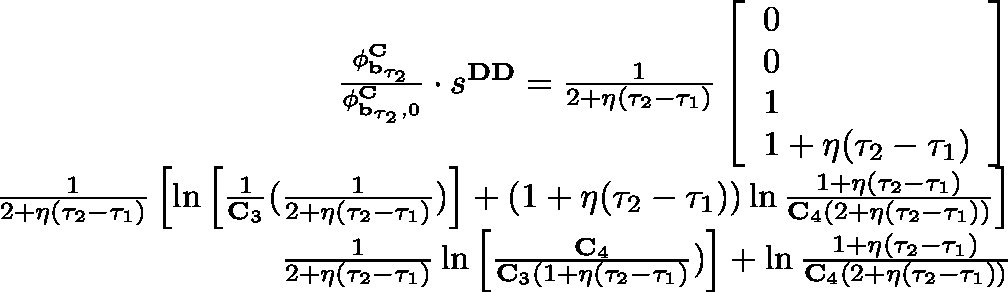
\begin{array} { r } { \frac { \mathbf { \phi } _ { \mathbf { b } _ { \tau _ { 2 } } } ^ { \mathbf { C } } } { \mathbf { \phi } _ { \mathbf { b } _ { \tau _ { 2 } } , 0 } ^ { \mathbf { C } } } \cdot s ^ { \mathbf { D D } } = \frac { 1 } { 2 + \eta ( \tau _ { 2 } - \tau _ { 1 } ) } \left[ \begin{array} { l } { 0 } \\ { 0 } \\ { 1 } \\ { 1 + \eta ( \tau _ { 2 } - \tau _ { 1 } ) } \end{array} \right] } \\ { \frac { 1 } { 2 + \eta ( \tau _ { 2 } - \tau _ { 1 } ) } \left[ \ln \left[ \frac { 1 } { \mathbf { C } _ { 3 } } ( \frac { 1 } { 2 + \eta ( \tau _ { 2 } - \tau _ { 1 } ) } ) \right] + ( 1 + \eta ( \tau _ { 2 } - \tau _ { 1 } ) ) \ln \frac { 1 + \eta ( \tau _ { 2 } - \tau _ { 1 } ) } { \mathbf { C } _ { 4 } ( 2 + \eta ( \tau _ { 2 } - \tau _ { 1 } ) ) } \right] } \\ { \frac { 1 } { 2 + \eta ( \tau _ { 2 } - \tau _ { 1 } ) } \ln \left[ \frac { \mathbf { C } _ { 4 } } { \mathbf { C } _ { 3 } ( 1 + \eta ( \tau _ { 2 } - \tau _ { 1 } ) } ) \right] + \ln \frac { 1 + \eta ( \tau _ { 2 } - \tau _ { 1 } ) } { \mathbf { C } _ { 4 } ( 2 + \eta ( \tau _ { 2 } - \tau _ { 1 } ) ) } } \end{array}